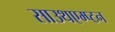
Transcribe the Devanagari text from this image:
साउथएम्प्टन